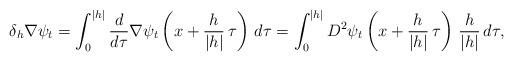
LaTeX: \begin{align*}\delta_h\nabla \psi_t=\int_0^{|h|} \frac{d}{d\tau} \nabla \psi_t\left(x+\frac{h}{|h|}\,\tau\right)\,d\tau=\int_0^{|h|} D^2 \psi_t\left(x+\frac{h}{|h|}\,\tau\right)\,\frac{h}{|h|}\,d\tau,\end{align*}